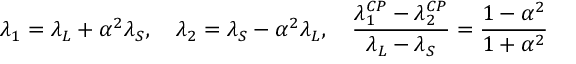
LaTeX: \lambda _ { 1 } = \lambda _ { L } + \alpha ^ { 2 } \lambda _ { S } , \quad \lambda _ { 2 } = \lambda _ { S } - \alpha ^ { 2 } \lambda _ { L } , \quad \frac { \lambda _ { 1 } ^ { C P } - \lambda _ { 2 } ^ { C P } } { \lambda _ { L } - \lambda _ { S } } = \frac { 1 - \alpha ^ { 2 } } { 1 + \alpha ^ { 2 } }